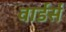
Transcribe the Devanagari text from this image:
वार्डर्स